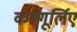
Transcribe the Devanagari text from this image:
कल्गूर्लिए